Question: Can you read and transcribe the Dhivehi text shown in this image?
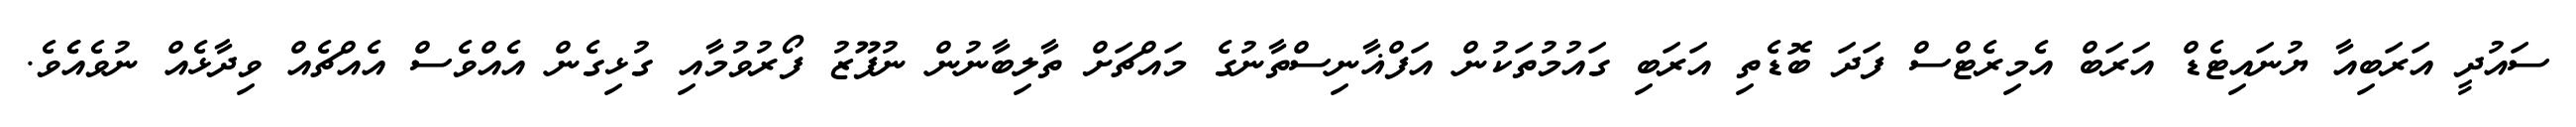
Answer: ސައުދީ އަރަބިއާ ޔުނައިޓެޑް އަރަބް އެމިރެޓްސް ފަދަ ބޮޑެތި އަރަބި ގައުމުތަކުން އަފްޣާނިސްތާނުގެ މައްޗަށް ތާލިބާނުން ނުފޫޒު ފޯރުވުމާއި ގުޅިގެން އެއްވެސް އެއްޗެއް ވިދާޅެއް ނުވެއެެވެ.